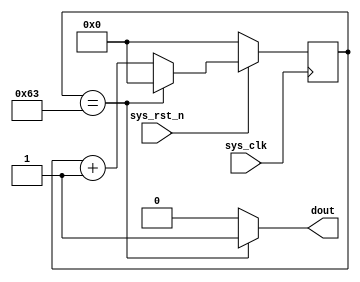
`timescale 1ns / 1ps
//////////////////////////////////////////////////////////////////////////////////
// Company: 
// Engineer: 
// 
// Design Name: 
// Module Name: counter
// Project Name: 
// Target Devices: 
// Tool Versions: 
// Description: 
// 
// Dependencies: 
// 
// Revision:
// Revision 0.01 - File Created
// Additional Comments:
// 
//////////////////////////////////////////////////////////////////////////////////


module counter(
    input   sys_clk,    //system clock
    input   sys_rst_n,  //system reset
    
    output  dout        //out flag
    );
    
    reg [6:0] cnt;
    always@(posedge sys_clk)begin
        if(sys_rst_n == 1'b0)begin
            cnt <= 7'd0;
        end
        else begin
            if(cnt == 7'd99)
                cnt <= 7'd0;
            else
                cnt <= cnt + 1'b1;
        end
    end
    
    assign dout = (cnt == 7'd99) ? 1'b1 : 1'b0;
endmodule